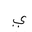
Letter: _ya